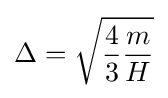
\Delta ={\sqrt {{\frac {4}{3}}{\frac {m}{H}}}}